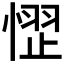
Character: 𪬞